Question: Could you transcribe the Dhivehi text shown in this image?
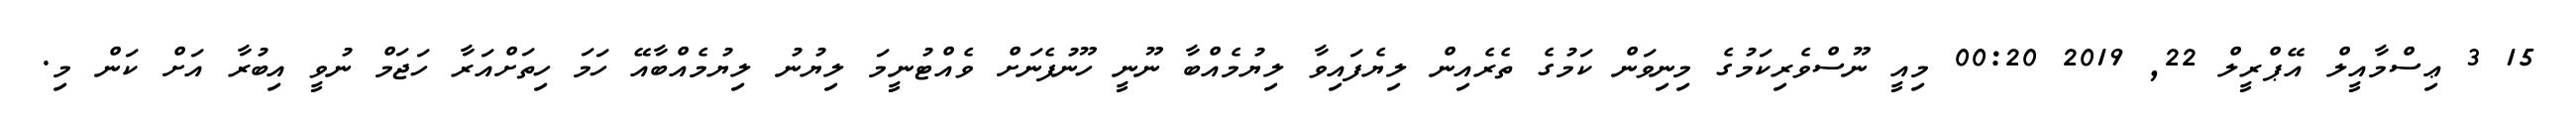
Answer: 15 3 ޢިސްމާއީލް އޭޕްރީލް 22, 2019 00:20 މިއީ ނޫސްވެރިކަމުގެ މިނިވަން ކަމުގެ ތެރެއިން ލިޔެފައިވާ ލިޔުމެއްބާ ނޫނީ ހޫނުފެނަށް ވެއްޓުނީމަ ލިޔުނު ލިޔުމެއްބާއޭ ހަމަ ހިތަށްއަރާ ހަޖަމް ނުވީ އިބުރާ އަށް ކަން މި.